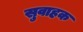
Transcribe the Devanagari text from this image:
सुवाहक